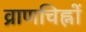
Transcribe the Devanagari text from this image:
व्राणचिह्नों